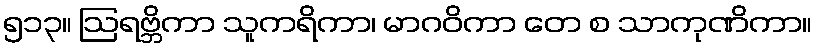
၅၁၃။ ဩရဗ္ဘိကာ သူကရိကာ၊ မာဂဝိကာ တေ စ သာကုဏိကာ။